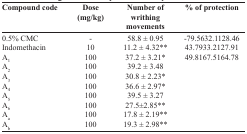
<table><thead><tr><td><b>Compound code</b></td><td><b>Dose (mg/kg)</b></td><td><b>Number of writhing movements</b></td><td><b>% of protection</b></td></tr></thead><tbody><tr><td>0.5% CMC</td><td>-</td><td>58.8 ± 0.95</td><td>-79.5632.1128.46</td></tr><tr><td>Indomethacin</td><td>10</td><td>11.2 ± 4.32**</td><td>43.7933.2127.91</td></tr><tr><td>A<sub>1</sub></td><td>100</td><td>37.2 ± 3.21*</td><td>49.8167.5164.78</td></tr><tr><td>A<sub>2</sub></td><td>100</td><td>39.2 ± 3.48</td><td></td></tr><tr><td>A<sub>3</sub></td><td>100</td><td>30.8 ± 2.23*</td><td></td></tr><tr><td>A<sub>4</sub></td><td>100</td><td>36.6 ± 2.97*</td><td></td></tr><tr><td>A<sub>5</sub></td><td>100</td><td>39.5 ± 3.27</td><td></td></tr><tr><td>A<sub>6</sub></td><td>100</td><td>27.5±2.85**</td><td></td></tr><tr><td>A<sub>a</sub></td><td>100</td><td>17.8 ± 2.19**</td><td></td></tr><tr><td>A<sub>b</sub></td><td>100</td><td>19.3 ± 2.98**</td><td></td></tr></tbody></table>